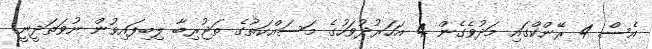
އެސް 4 ރޭންކްގައި މަދުވެގެން 4 އަހަރުދުވަހުގެ މަސައްކަތުގެ ތަޖުރިބާ ލިބިފައިވުން ނުވަތަދީނީ